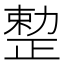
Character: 𠢦